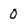
Character: 0